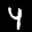
Label: 4